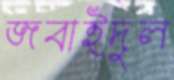
জবাইদুল